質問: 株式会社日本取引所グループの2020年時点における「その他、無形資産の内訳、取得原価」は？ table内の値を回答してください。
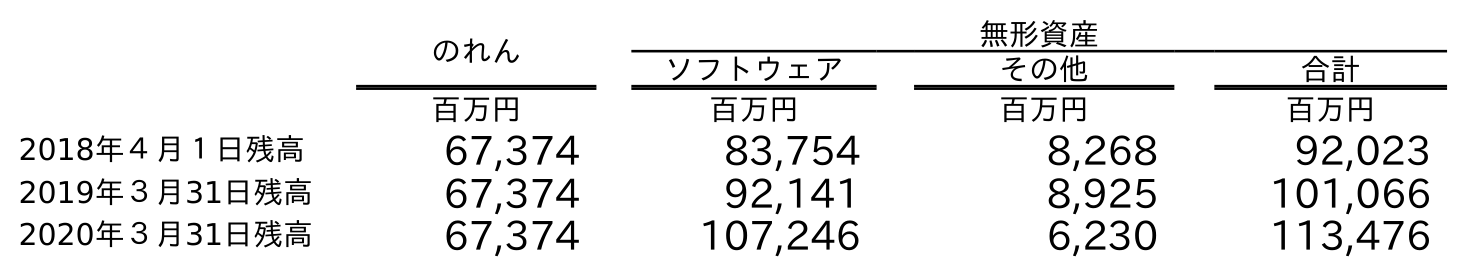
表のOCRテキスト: のれん 無形資産 ソフトウェア その他 合計 百万円 百万円 百万円 百万円 2018年４月１日残高 67,374 83,754 8,268 92,023 2019年３月31日残高 67,374 92,141 8,925 101,066 2020年３月31日残高 67,374 107,246 6,230 113,476
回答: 6,230